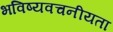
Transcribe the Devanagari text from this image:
भविष्‍यवचनीयता